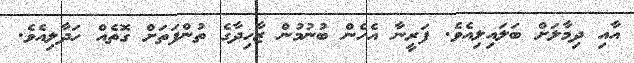
އާއި ދިމާލަށް ބަލައިލިއެވެ. ފަރީނާ އެހެން ބުނުމުން ޒާހިދާގެ ތުންފަތަށް ގޮތެއް ހަދާލިއެވެ.